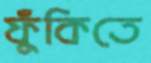
ফুঁকিতে